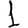
Digit: 1